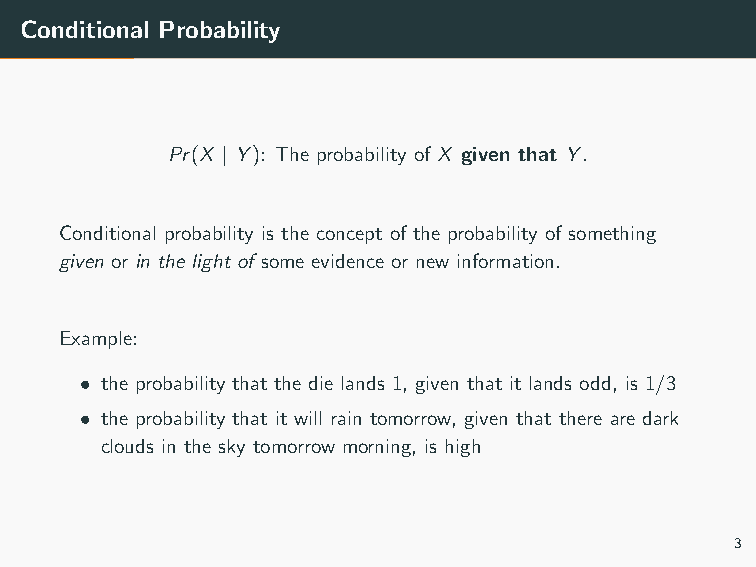
Conditional Probability
 Pr(X | Y): The probability of X given that Y.
 Conditional probability is the concept of the probability of something
 given or in the light of some evidence or new information.
 Example:
 • the probability that the die lands 1, given that it lands odd, is 1/3
 • the probability that it will rain tomorrow, given that there are dark
 clouds in the sky tomorrow morning, is high
 3